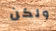
ولكن